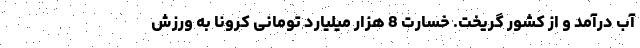
آب درآمد و از کشور گریخت. خسارت 8 هزار میلیارد تومانی کرونا به ورزش